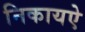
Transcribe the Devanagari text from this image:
निकायऐ